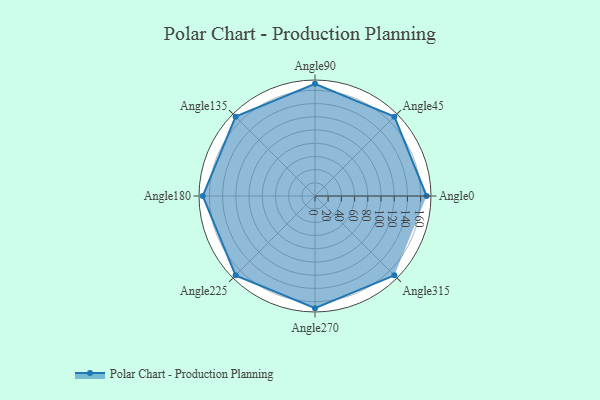
{"axis": {"x": "Angle", "y": "Radius"}, "legend": [""], "data": [{"x": "Angle0", "y": 169.0, "type": ""}, {"x": "Angle45", "y": 170, "type": ""}, {"x": "Angle90", "y": 170, "type": ""}, {"x": "Angle135", "y": 170, "type": ""}, {"x": "Angle180", "y": 170, "type": ""}, {"x": "Angle225", "y": 170, "type": ""}, {"x": "Angle270", "y": 170, "type": ""}, {"x": "Angle315", "y": 170, "type": ""}]}